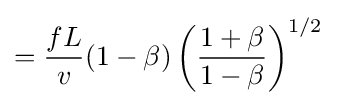
={\frac {fL}{v}}(1-\beta )\left({\frac {1+\beta }{1-\beta }}\right)^{1/2}